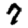
Digit: 7